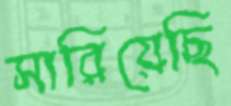
সারিয়েছি